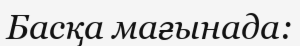
Басқа мағынада: